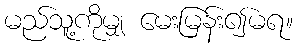
မည်သူ့ကိုမျှ မေးမြန်း၍မရ။